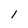
Character: 1